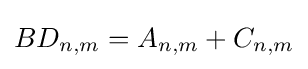
BD_{n,m}=A_{n,m}+C_{n,m}